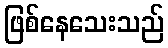
ဖြစ်နေသေးသည်